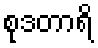
စုဒတာရိ